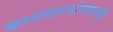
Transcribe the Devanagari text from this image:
कागदपत्रांवरुनही